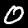
Digit: 0